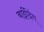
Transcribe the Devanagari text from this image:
बाईंदिंग